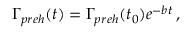
\Gamma _ { p r e h } ( t ) = \Gamma _ { p r e h } ( t _ { 0 } ) e ^ { - b t } \, ,